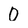
Character: 0